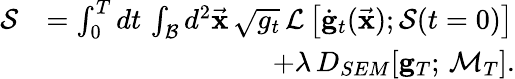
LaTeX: \begin{array}{rl}{\mathcal{S}}&{=\int_{0}^{T}dt\, \int_{\mathcal{B}}d^{2}\vec{\mathbf x}\, \sqrt{g_{t}}\, \mathcal{L}\left[\dot{\mathbf g}_{t}(\vec{\mathbf x});\mathcal{S}(t=0)\right]}\\ &{\qquad\qquad\qquad\qquad+\lambda\, D_{SEM}[{\mathbf g}_{T};\, \mathcal{M}_{T}].}\end{array}